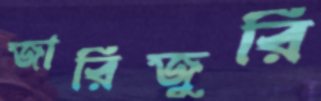
জারিজুরি